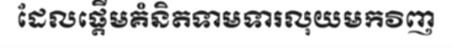
ដែលផ្តើមគំនិតទាមទារលុយមកវិញ